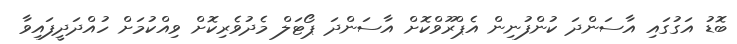
ބޮޑު އަގުގައި އާސަންދަ ކުންފުނިން އެޕްރޫވްކޮށް އާސަންދަ ޕޯޓަލް މެދުވެރިކޮށް ވިއްކުމަށް ހުއްދަދީފައިވާ